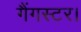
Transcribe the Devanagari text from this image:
गैंगस्टर।